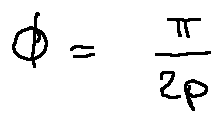
\phi = \frac { \pi } { 2 p }